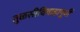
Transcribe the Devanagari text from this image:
तुळसीविवाहापूर्वी